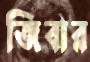
জিবার